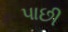
પાછી